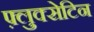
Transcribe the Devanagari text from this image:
फ़्लुक्सेटिन